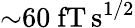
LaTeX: {\sim}60~\mathrm{fT\, s^{1/2}}